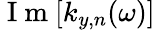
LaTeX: \mathrm{~I~m~}[k_{y,n}(\omega)]